Civil Veterinary Department. United Provinces 1923-31 - 1923-1931
Year: 1923
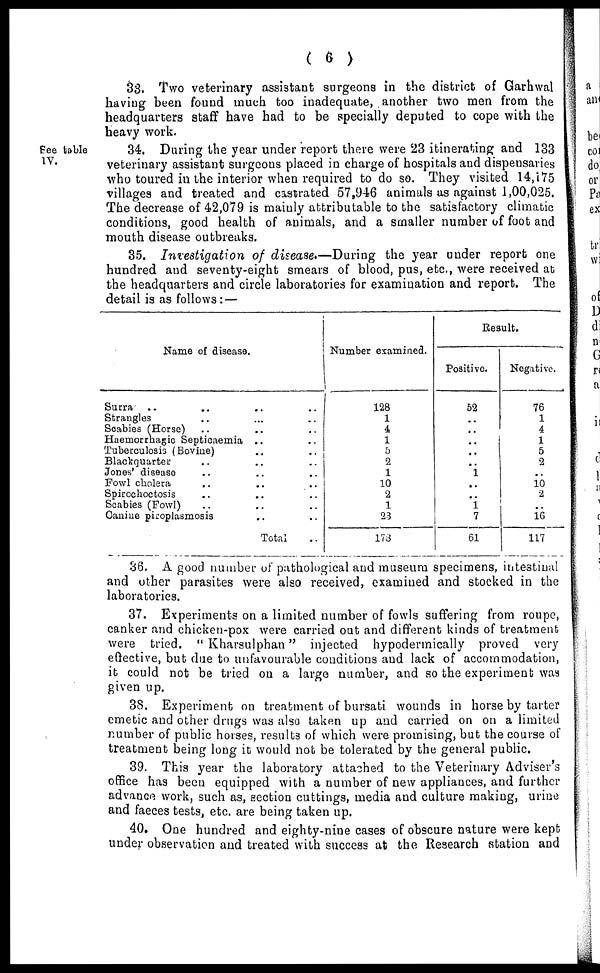
( 6 )
33. Two veterinary assistant surgeons in the district of Garhwal
having been found much too inadequate, another two men from the
headquarters staff have had to be specially deputed to cope with the
heavy work.
See table
IV.
34. During the year under report there were 23 itinerating and 133
veterinary assistant surgeons placed in charge of hospitals and dispensaries
who toured in the interior when required to do so. They visited 14,175
villages and treated and castrated 57,946 animals as against 1,00,025.
The decrease of 42,079 is mainly attributable to the satisfactory climatic
conditions, good health of animals, and a smaller number of foot and
mouth disease outbreaks.
35. Investigation
of disease.—During the year under report one
hundred and seventy-eight smears of blood, pus, etc., were received at
the headquarters and circle laboratories for examination and report. The
detail is as follows :—
Name of disease.
Surra
.. .. .. ..
Strangles .. ... ..
Scabies (Horse) .. .. ..
Haemorrhgic Septicaemia .. ..
Tuberculosis (Bovine) .. ..
Blackquarter .. .. ..
Jones' disease .. .. ..
Fowl cholera .. .. ..
Spirochoctosis .. .. ..
Scabies (Fowl) .. .. ..
Canine piroplasmosis .. ..
Total ..
Number examined.
128
1
4
1
5
2
1
10
2
1
23
178
Result.
Positive.
52
..
..
..
..
..
1
..
..
1
7
61
Negative.
76
1
4
1
5
2
..
10
2
..
16
117
36. A good number of pathological and museum specimens, intestinal
and other parasites were also received, examined and stocked in the
laboratories.
37. Experiments on a limited number of fowls suffering from roupe,
canker and chicken-pox were carried out and different kinds of treatment
were tried. " Kharsulphan" injected hypodermically proved very
effective, but due to unfavourable conditions and lack of accommodation,
it could not be tried on a large number, and so the experiment was
given up.
38. Experiment on treatment of bursati wounds in horse by tarter
emetic and other drugs was also taken up and carried on on a limited
number of public horses, results of which were promising, but the course of
treatment being long it would not be tolerated by the general public.
39. This year the laboratory attached to the Veterinary Adviser's
office has been equipped with a number of new appliances, and further
advance work, such as, section cuttings, media and culture making, urine
and faeces tests, etc. are being taken up.
40. One hundred and eighty-nine cases of obscure nature were kept
under observation and treated with success at the Research station and